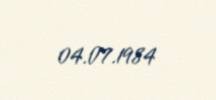
04.07.1984